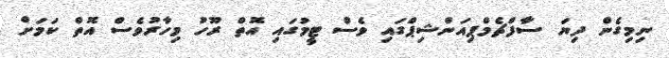
ނިމިގެން ދިޔަ ސާފްޗެމްޕިއަންޝިޕްގައި ވެސް ޓީމުގައި އޮތް ރޫހު މިހާރުވެސް އޮތް ކަމަށް